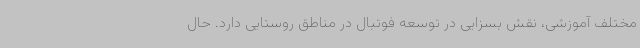
مختلف آموزشی، نقش بسزایی در توسعه فوتبال در مناطق روستایی دارد. حال